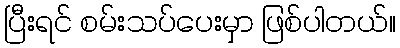
ပြီးရင် စမ်းသပ်ပေးမှာ ဖြစ်ပါတယ်။